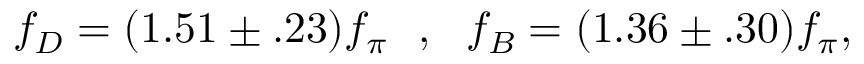
f _ { D } = ( 1 . 5 1 \pm . 2 3 ) f _ { \pi } \ \ , \ \ f _ { B } = ( 1 . 3 6 \pm . 3 0 ) f _ { \pi } ,